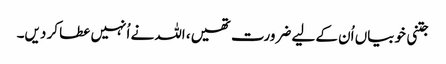
جتنی خوبیاں اُن کے لیے ضرورت تھیں، اللہ نے اُنہیں عطا کر دیں۔